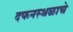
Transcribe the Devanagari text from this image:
दफनस्थळाचे